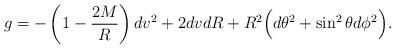
LaTeX: \begin{align*}g=-\left(1-\frac{2M}{R}\right)dv^2+2dvdR+R^2\Big( d\theta^2+\sin^2\theta d\phi^2 \Big).\end{align*}